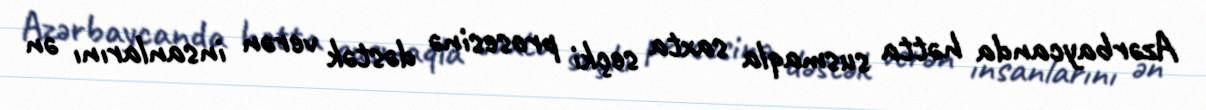
Azərbaycanda hətta susmaqla saxta seçki prosesinə dəstək verən insanlarını ən